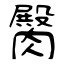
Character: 臋